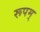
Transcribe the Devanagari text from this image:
रूपम्